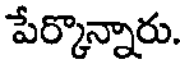
పేర్కొన్నారు.